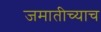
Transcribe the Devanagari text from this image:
जमातीच्याच